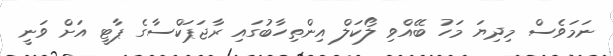
ނަމަވެސް މިދިޔަ މަހު ބޭއްވި ލޯކަލް އިންތިހާބުގައި ރާޖަޕަކްސާގެ ޕާޓީ އަށް ވަނީ